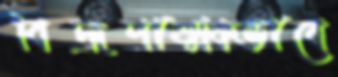
বিদ্রূপাত্মকভাবে